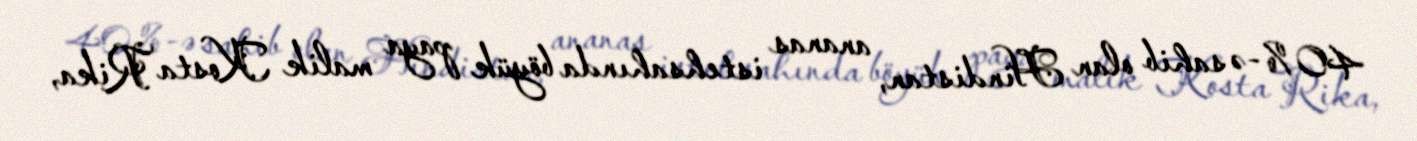
40 %-ə sahib olan Hindistan, ananas istehsahında böyük paya malik Kosta Rika,